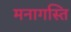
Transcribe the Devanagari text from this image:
मनागस्ति